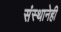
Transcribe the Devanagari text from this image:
संस्थानेही